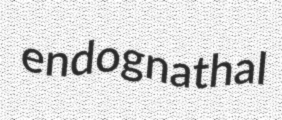
endognathal